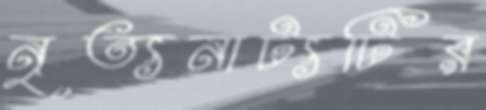
নৃত্যনাট্যটির